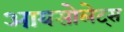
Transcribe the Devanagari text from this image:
आयसोलेट्स